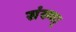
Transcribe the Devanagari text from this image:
संख्या्